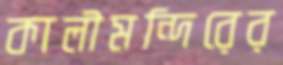
কালীমন্দিরের